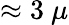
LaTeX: \approx 3~\mu